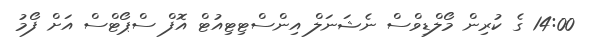
14:00 ގެ ކުރިން މޯލްޑިވްސް ނެޝަނަލް އިންސްޓިޓިއުޓް އޮފް ސްޕޯޓްސް އަށް ފޯމު